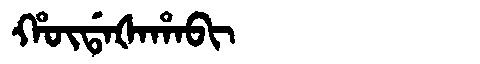
Manchu: ᡥᡡᡩᠠᡧᠠᡥᠠᠪᡳ
Romanization: HŪDAŠAHABI